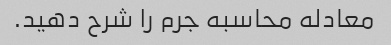
معادله محاسبه جرم را شرح دهید.